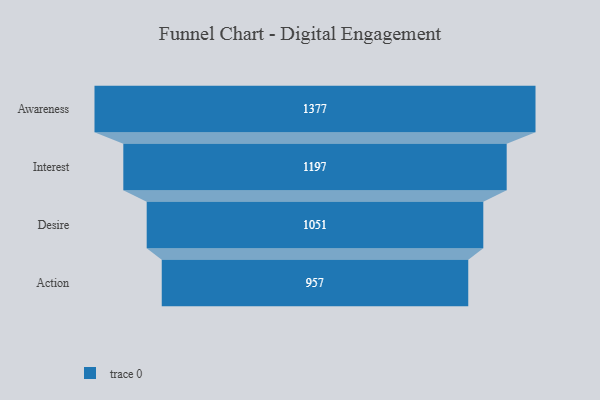
{"axis": {"x": "Stage", "y": "Value"}, "legend": [""], "data": [{"x": "Awareness", "y": 1377.0, "type": ""}, {"x": "Interest", "y": 1197.0, "type": ""}, {"x": "Desire", "y": 1051.0, "type": ""}, {"x": "Action", "y": 957.0, "type": ""}]}